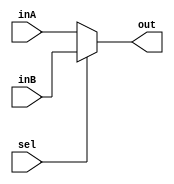
`timescale 1ns / 1ns

module twoToOneMux_5(
    input[4:0] inA,
    input[4:0] inB,
    input[0:0] sel,
    output reg[4:0] out
);

    always @* begin
        if (sel==1'b0) begin
            out <= inA;
        end else begin
            out <= inB;
        end
    end

endmodule